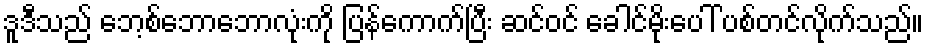
ဒူဒီသည် ဘေ့စ်ဘောဘောလုံးကို ပြန်ကောက်ပြီး ဆင်ဝင် ခေါင်မိုးပေါ် ပစ်တင်လိုက်သည်။